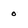
Character: O